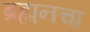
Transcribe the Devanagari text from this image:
ब्रह्मनचा